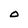
Character: O